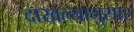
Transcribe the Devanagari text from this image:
दाखल्यानुसार